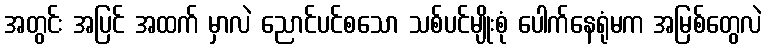
အတွင်း အပြင် အထက် မှာလဲ ညောင်ပင်စသော သစ်ပင်မျိုးစုံ ပေါက်နေရုံမက အမြစ်တွေလဲ